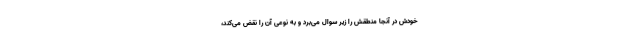
خودش در آنجا منطقش را زیر سوال می‌برد و به نوعی آن را نقض می‌کند،